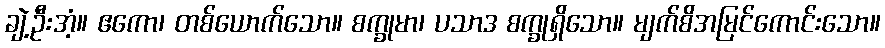
ချဲ့ဦးအံ့။ ဧကော၊ တစ်ယောက်သော။ စက္ခုမာ၊ ပသာဒ စက္ခုရှိသော။ မျက်စိအမြင်ကောင်းသော။